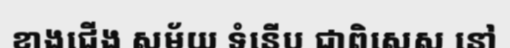
ខាងជើង សម័យ ទំនើប ជាពិសេស នៅ